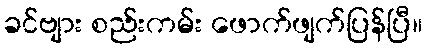
ခင်ဗျား စည်းကမ်း ဖောက်ဖျက်ပြန်ပြီ။